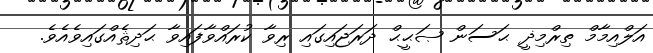
އަލްއިމާމް ތިރްމިޛީ ޙަސަން ޞަޙީޙް ދަރަޖައިގައި ރިވާ ކުރައްވާފައިވާ ޙަދިޘެއްގައިވެއެވެ.